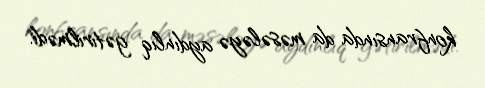
konfransında da məsələyə aydınlıq gətirilmədi.